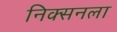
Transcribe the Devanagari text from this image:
निक्सनला